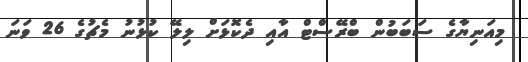
މިއަނިޔާގެ ސަބަބުން ބްރޭސްޓް އާއި ދެކޮޅަށް ލިލޭ ކުޅުނު މެޗުގެ 26 ވަނަ